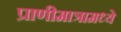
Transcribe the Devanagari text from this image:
प्राणीमात्रामध्ये